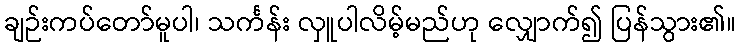
ချဉ်းကပ်တော်မူပါ၊ သင်္ကန်း လှူပါလိမ့်မည်ဟု လျှောက်၍ ပြန်သွား၏။